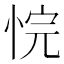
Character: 𪫻